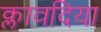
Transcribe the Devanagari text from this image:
क्लावदिया